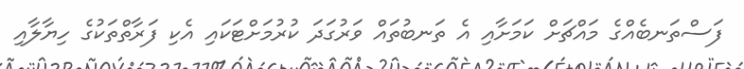
ފަސްތަނބެއްގެ މައްޗަށް ކަމަށާއި އެ ތަނބުތައް ވަރުގަދަ ކުރުމަށްޓަކައި އެކި ފަރާތްތަކުގެ ހިޔާލާއި